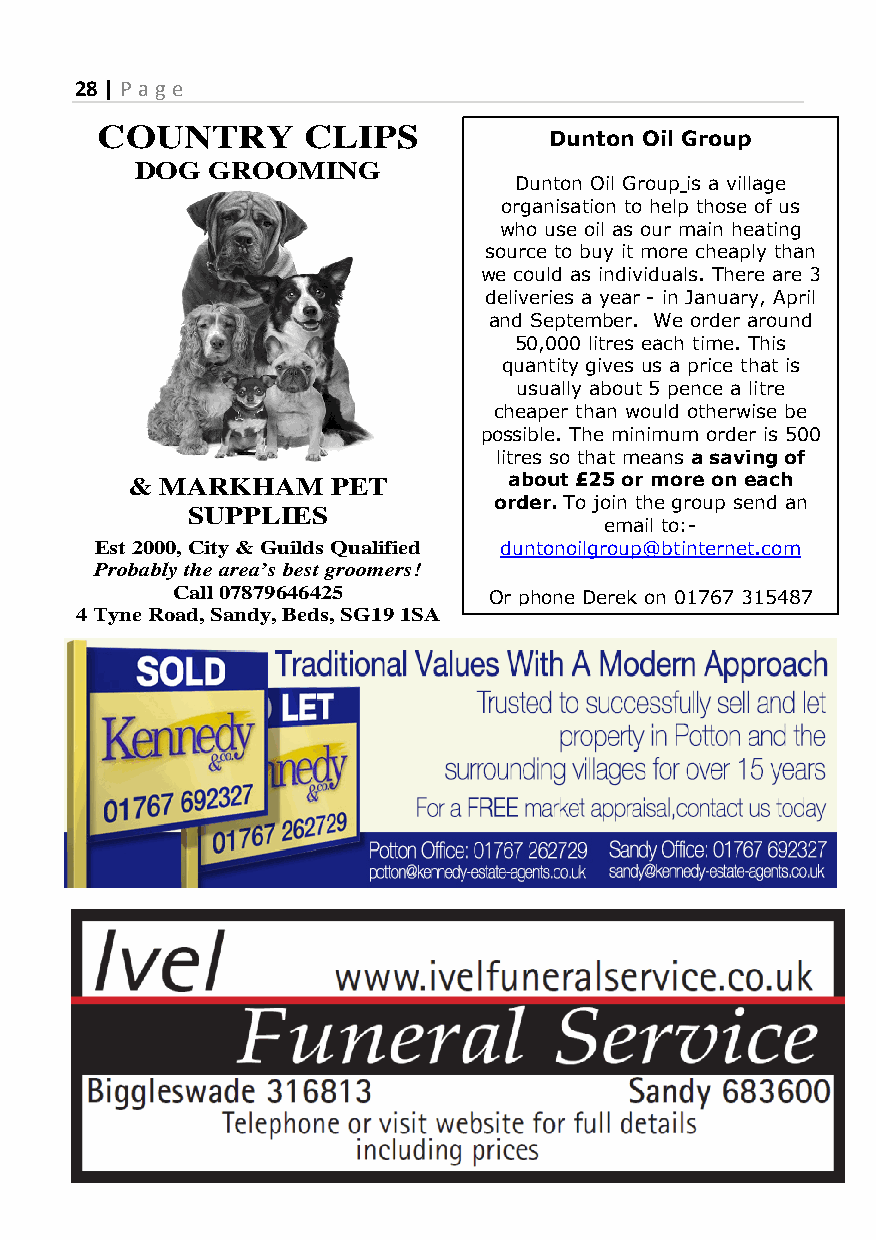
28 | P a g e
 COUNTRY       CLIPS
 Dunton Oil Group
 DOG  GROOMING
 Dunton Oil Group is a village
 organisation to help those of us
 who use oil as our main heating
 source to buy it more cheaply than
 we could as individuals. There are 3
 deliveries a year - in January, April
 and September. We order around
 50,000 litres each time. This
 quantity gives us a price that is
 usually about 5 pence a litre
 cheaper than would otherwise be
 possible. The minimum order is 500
 litres so that means a saving of
 &  MARKH  AM  PET         about £25 or more on each
 order. To join the group send an
 SUPPLIES
 email to:-
 Est 2000, City & Guilds Qualified duntonoilgroup@btinternet.com
 Probably the area’s best groomers!
 Call 07879646425     Or phone Derek on 01767 315487
 4 Tyne Road, Sandy, Beds, SG19 1SA